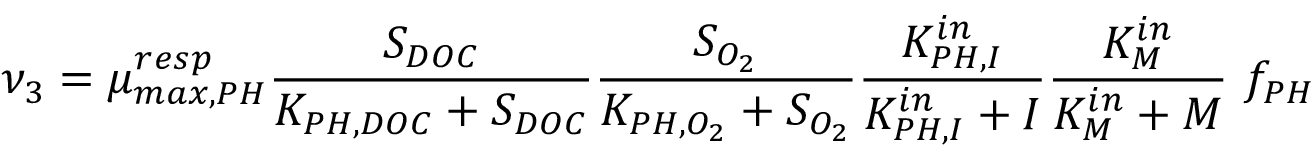
\nu _ { 3 } = \mu _ { m a x , P H } ^ { r e s p } \frac { S _ { D O C } } { K _ { P H , D O C } + S _ { D O C } } \frac { S _ { O _ { 2 } } } { K _ { P H , O _ { 2 } } + S _ { O _ { 2 } } } \frac { K _ { P H , I } ^ { i n } } { K _ { P H , I } ^ { i n } + I } \frac { K _ { M } ^ { i n } } { K _ { M } ^ { i n } + M } \ f _ { P H }